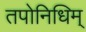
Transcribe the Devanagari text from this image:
तपोनिधिम्